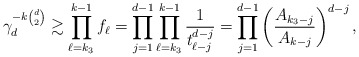
\begin{align*}\gamma_d^{-k\binom d2} \gtrsim \prod_{\ell = k_3}^{k - 1} f_\ell = \prod_{j = 1}^{d - 1}\prod_{\ell = k_3}^{k - 1}\frac{1}{t_{\ell - j}^{d - j}} = \prod_{j = 1}^{d - 1}\left(\frac{A_{k_3 - j}}{A_{k - j}}\right)^{d - j},\end{align*}